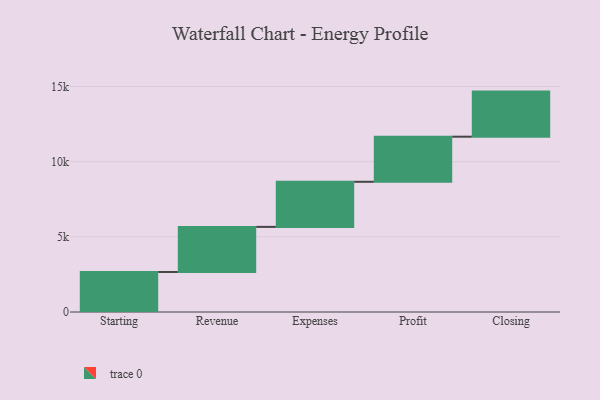
{"axis": {"x": "Step", "y": "Value"}, "legend": [""], "data": [{"x": "Starting", "y": 2663.0, "type": ""}, {"x": "Revenue", "y": 3000, "type": ""}, {"x": "Expenses", "y": 3000, "type": ""}, {"x": "Profit", "y": 3000, "type": ""}, {"x": "Closing", "y": 3000, "type": ""}]}